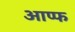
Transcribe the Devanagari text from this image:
आप्फ